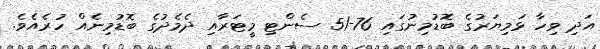
އަދި ވިހާ ޅަމިޔަރުގެ ބޮޑުމިނުގައި 76-51 ސެންޓި މީޓަރާއި ދެމެދުގެ ބޮޑުމިނެއް ހުރެއެވެ.